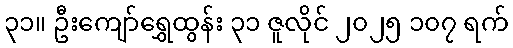
၃၁။ ဦးကျော်ရွှေထွန်း ၃၁ ဇူလိုင် ၂၀၂၅ ၁၀၇ ရက်